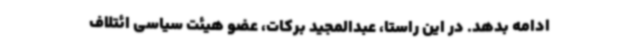
ادامه بدهد. در این راستا، عبدالمجید برکات، عضو هیئت سیاسی ائتلاف